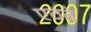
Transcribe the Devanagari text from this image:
एठते